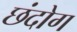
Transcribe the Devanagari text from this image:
छंदोग